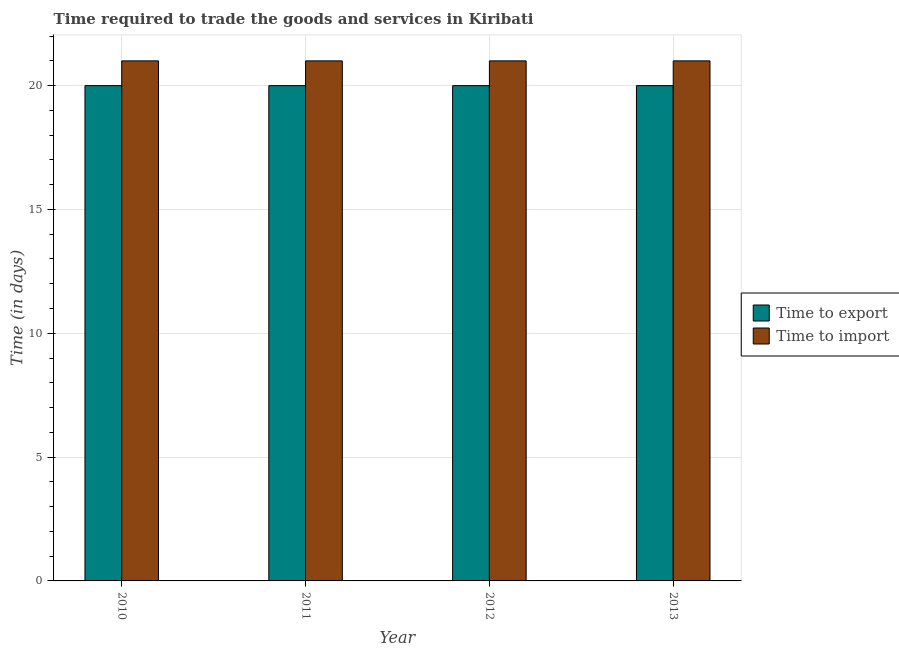
| Year | Time to export | Time to import |
 | --- | --- | --- |
 | 2010 | 20 | 21 |
 | 2011 | 20 | 21 |
 | 2012 | 20 | 21 |
 | 2013 | 20 | 21 |